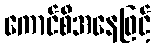
ကောင်စီအနေဖြင့်